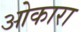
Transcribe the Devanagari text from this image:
ओकारा